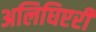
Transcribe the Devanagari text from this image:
अलिघिएरी